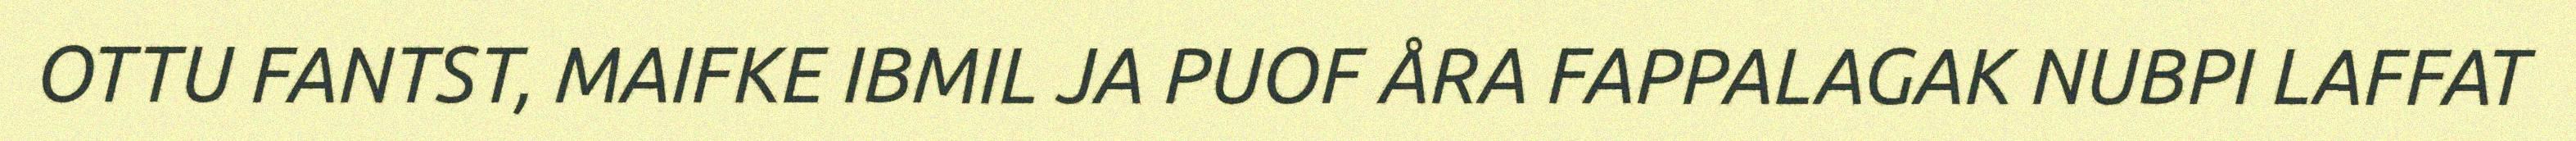
OTTU FANTST, MAIFKE IBMIL JA PUOF ÅRA FAPPALAGAK NUBPI LAFFAT